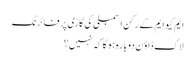
ایم کیو ایم کے رکن اسمبلی کی گاڑی پر فائرنگ
لاک ڈاؤن دوبارہ ہوگا کہ نہیں؟